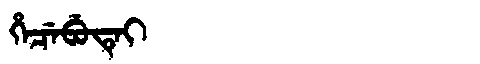
Manchu: ᡥᡝᠴᡝᠪᡠᡨᡝᡳ
Romanization: HECEBUTEI